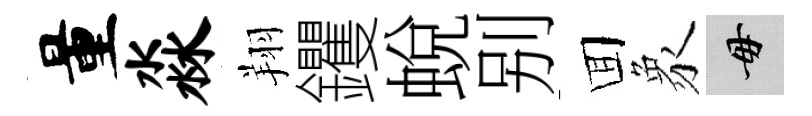
量淼翔钁蛻别囬象毋